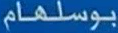
بوسلهام